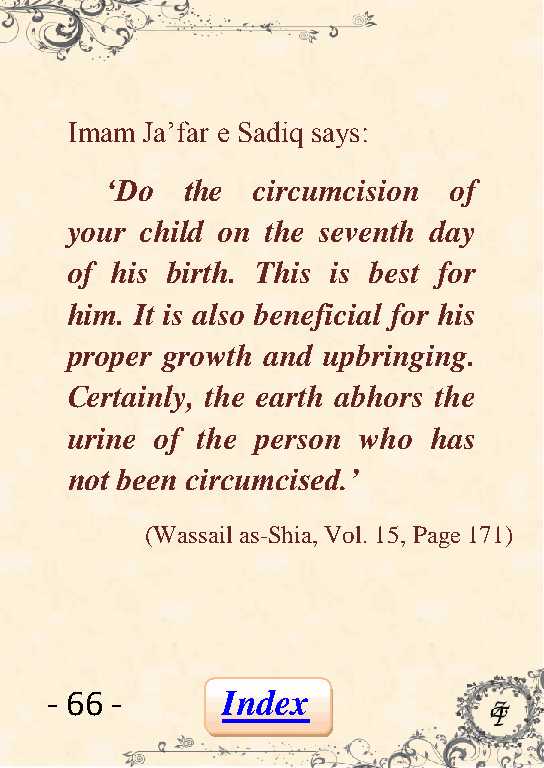
Imam Ja’far e Sadiq says:
 „Do  the  circumcision of
 your child on the seventh day
 of his birth. This is best for
 him. It is also beneficial for his
 proper growth and upbringing.
 Certainly, the earth abhors the
 urine of the person who has
 not been circumcised.‟
 (Wassail as-Shia, Vol. 15, Page 171)
 - 66 -      Index